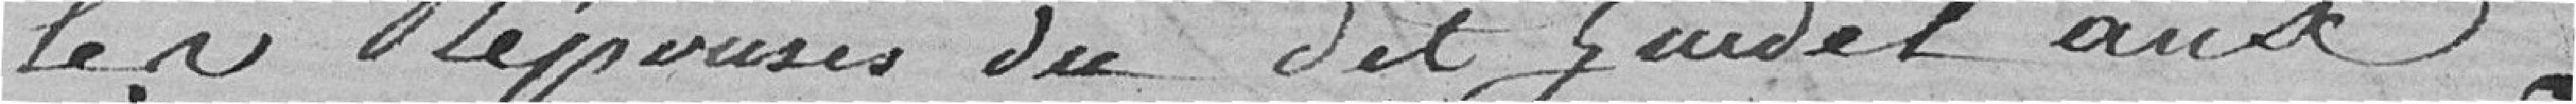
les réponses du dit Zuidel aux